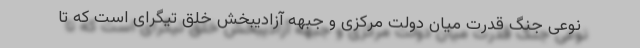
نوعی جنگ قدرت میان دولت مرکزی و جبهه آزادیبخش خلق تیگرای است که تا